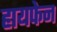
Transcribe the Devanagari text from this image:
हायफेन